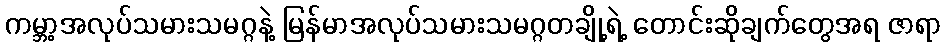
ကမ္ဘာ့အလုပ်သမားသမဂ္ဂနဲ့ မြန်မာအလုပ်သမားသမဂ္ဂတချို့ရဲ့ တောင်းဆိုချက်တွေအရ ဇာရာ